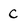
Character: C